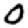
Digit: 0